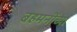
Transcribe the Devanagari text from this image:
बहमनींच्या